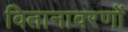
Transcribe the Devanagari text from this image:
वितानावरणों